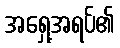
အရှေ့အရပ်၏